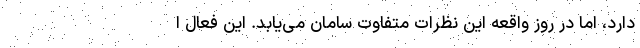
دارد، اما در روز واقعه این نظرات متفاوت سامان می‌یابد. این فعال ا